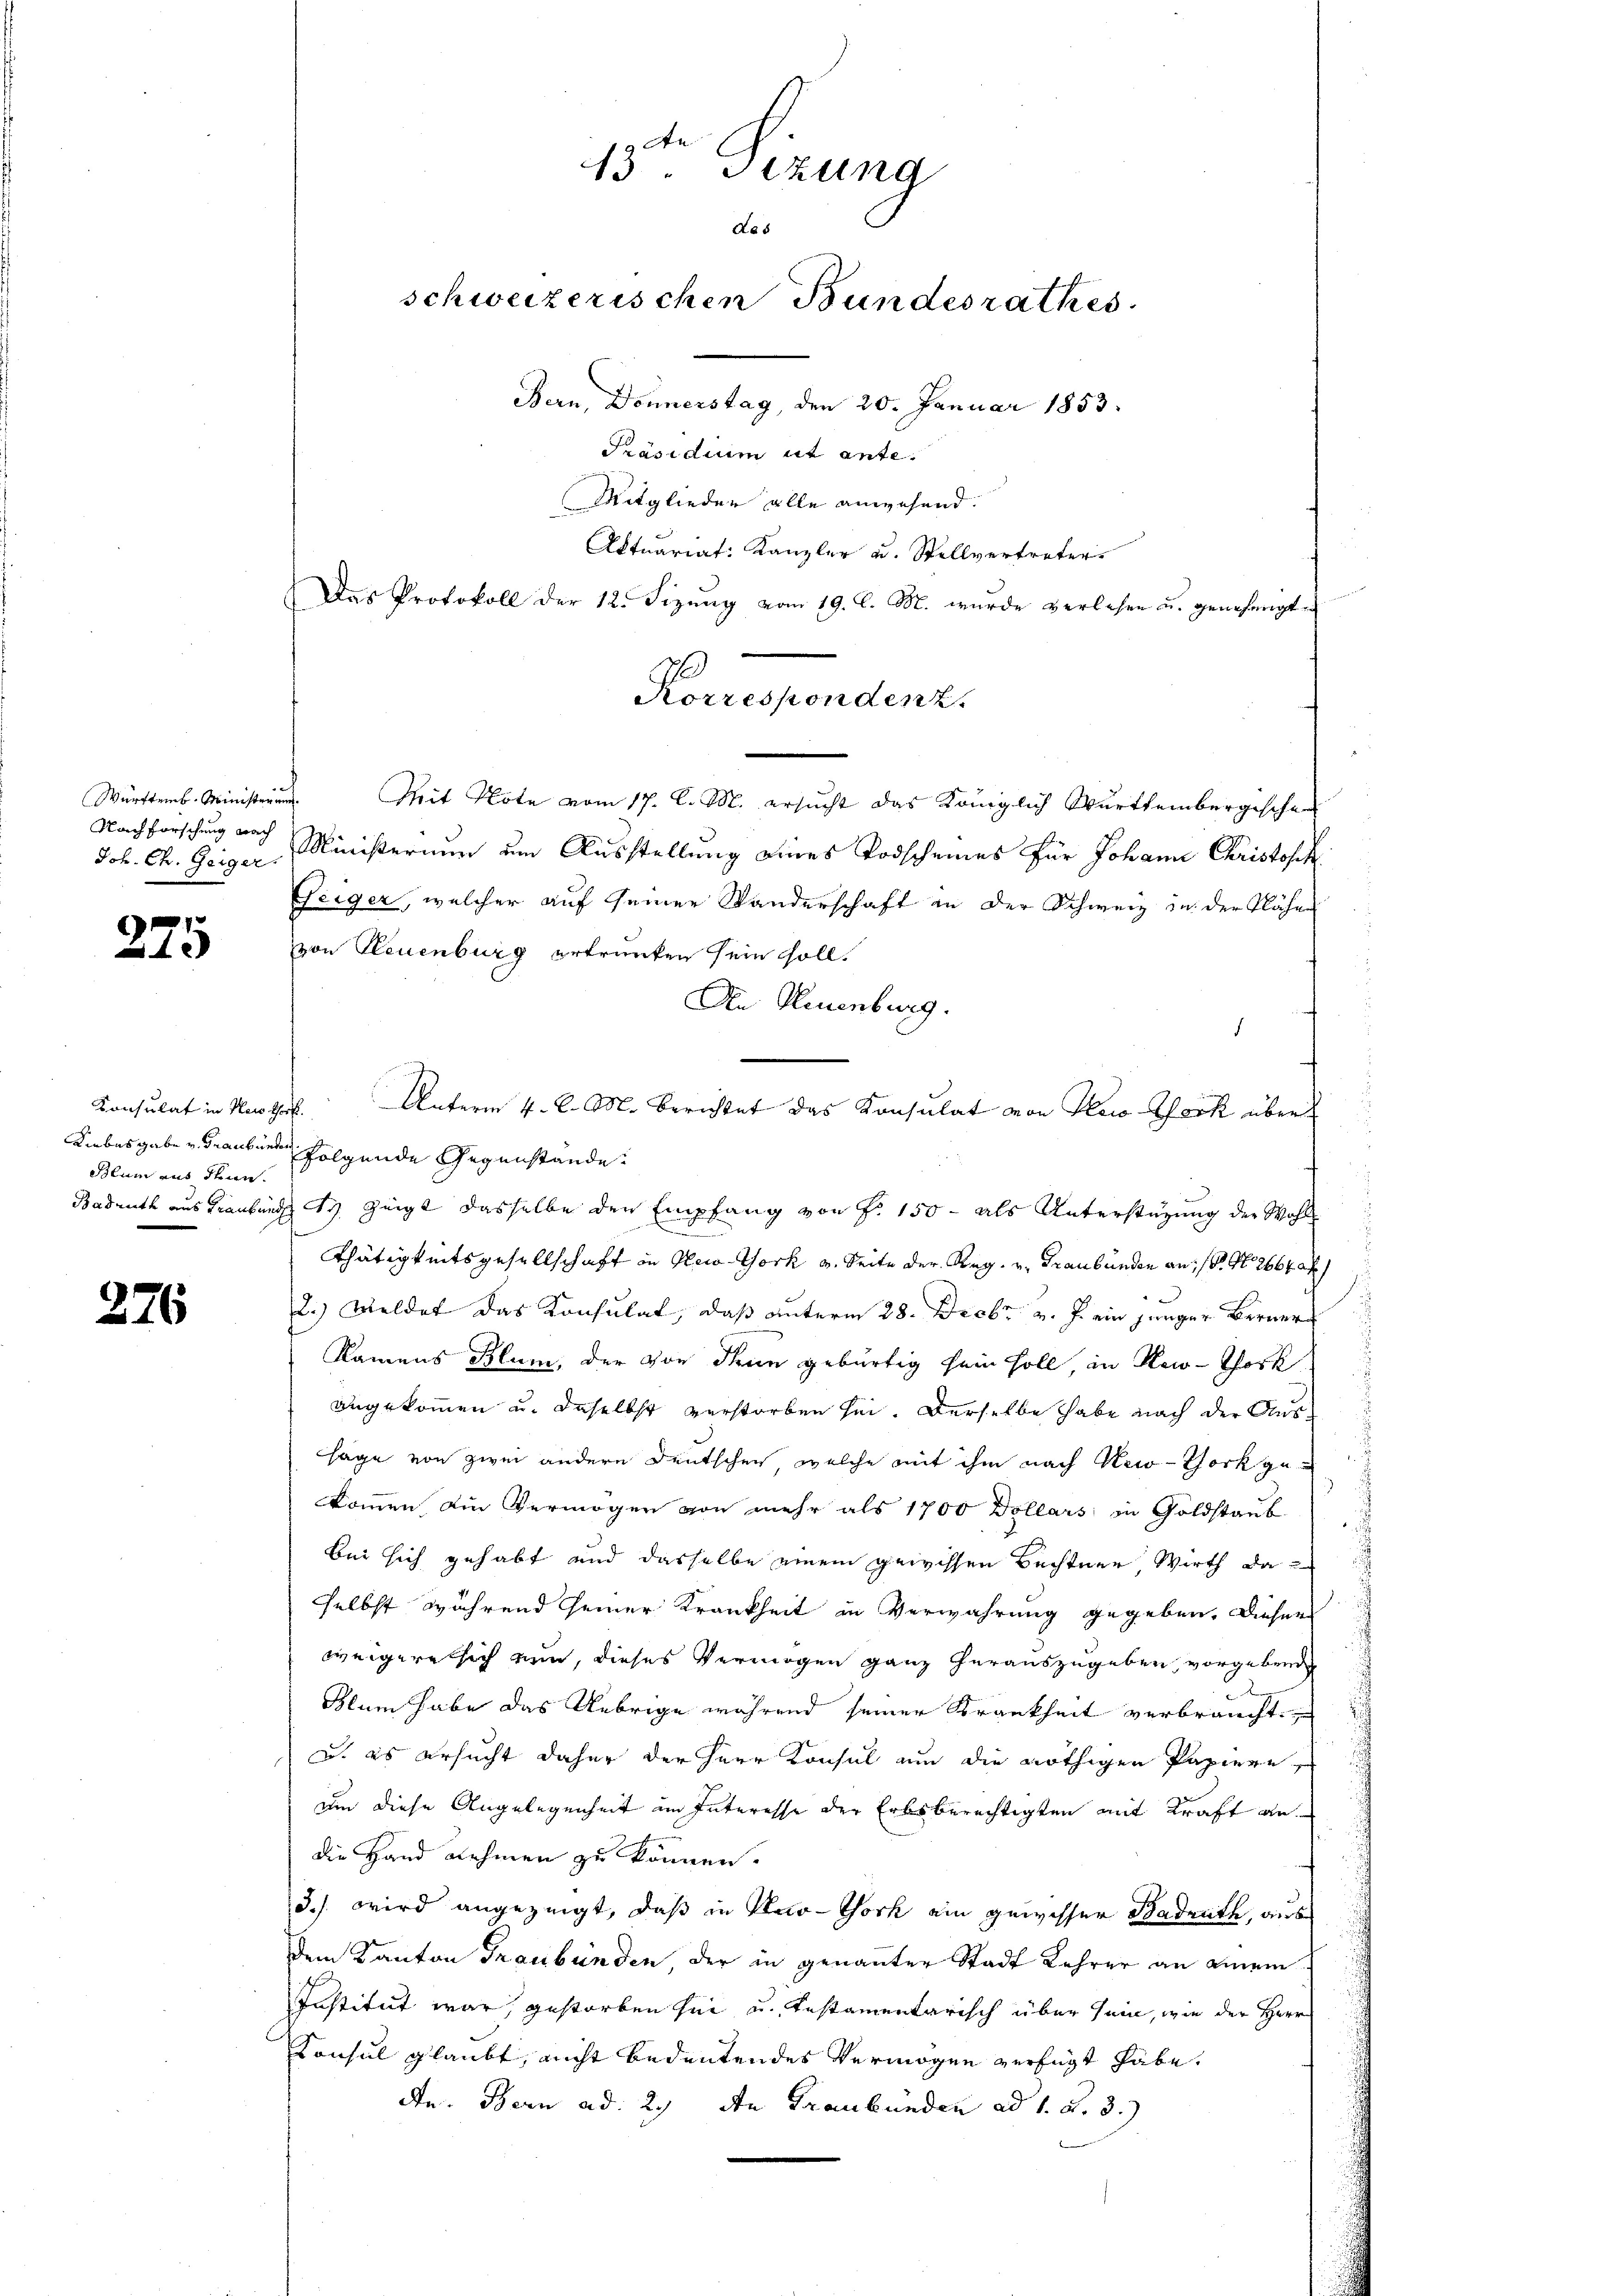
275

276

Joh. Ch. Geiger.

Konsulat in Herstorf.
Blum aus denn

Württemb. Ministerung. Mit Note vom 17. C. M. ersucht das Königlich Württembergischen
Nachforschung nach Ministerium um Ausstellung eines Todscheines für Johann Christoff
Geiger, welcher auf seiner Wanderschaft in der Schweiz in der Näher
von Neuenburg ertrunken sein soll.
An Neuenburg.
d
Unterm 4. d. M. berichtet das Konsulat von Klais York über
Liebesgabe u. Graubünden folgende Gegenstände:
Badrath aus Traubünde s. zeigt dasselbe den Empfang von f. 150 - als Unterstützung der Wohl
Thätigkeitsgesellschaft in Oeco-York v. Seite der Reg. v. Graubünden an, S. Nr. 2664 f
2.) Weldet das Konsulat, daß unterm 28. Drobr v. J. ein jünger Berner
Namens Blum, der vor denn gebürtig sein soll, in New-Thork
angekommen u. daselbst verstorben sei. Derselbe habe nach der Aussage von zwei andern Deutschen, welche mit ihm nach New-Thock gekommen ein Vermögen von mehr als 1700 Dollars in Goldstaŭb
bei sich gehabt und dasselbe einem gewissen Bechtner, Wirth da
selbst während seiner Krankheit in Verwahrung gegeben. Dieser
weigere sich nun, dieses Vermögen ganz herauszugeben, vorgebende
Blum habe das Uebrige während seiner Krankheit verbraucht,
 u. es ersucht daher der Herr Konsul um die nöthigen Papiere
um diese Angelegenheit im Interesse der Erbsberechtigten mit Kraft an
die Hand nehmen zu können.
3.) wird angezeigt, daß in Kno-Gork ein gewisser Badrath, aus
dem Kanton Graubünden der in genannter Stadt Lehrer an einem
Institut war, gestorben sei, u. Instamentarisch über sein, wie der Herr
Consul glaubt, nicht bedeutendes Vermögen verfügt habe.
de. Bern ad 2., den Graubünden ad 1. d. 3.)

te
13. Sezung
das
schweizerischen Bundesrathes.
Bern, Donnerstag, den 20. Januar 1853.
Präsidium ut ante.
Mitglieder alle anwesend.
Aktuariat: Kanzler u. Stellvertreter
Das Protokoll der 12. Fizŭng vom 19. l. M. wurde verlesen u. genehmigt.

Korrespondenz.